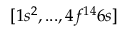
[ 1 s ^ { 2 } , . . . , 4 f ^ { 1 4 } 6 s ]